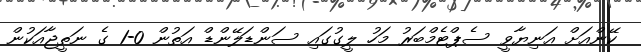
ކޭންއަށް އަނިޔާވީ ސެޕްޓެމްބަރު މަހު ލީގުގައި ސަންޑަލޭންޑް އަތުން 0-1 ގެ ނަތީޖާއަކުން